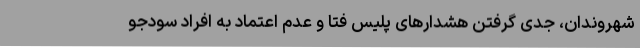
شهروندان، جدی گرفتن هشدارهای پلیس فتا و عدم اعتماد به افراد سودجو